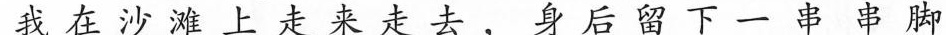
我在沙滩上走来走去， 后留下一串串脚